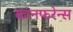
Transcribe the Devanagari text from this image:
कांनफरेन्स